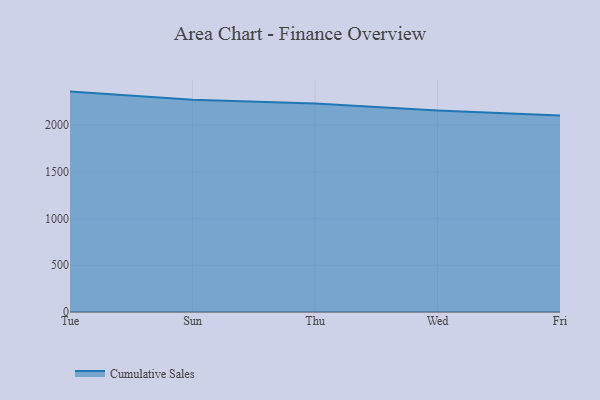
{"axis": {"x": "Day", "y": "Active Users"}, "legend": ["Cumulative Sales"], "data": [{"x": "Tue", "y": 2358.1, "type": "Cumulative Sales"}, {"x": "Sun", "y": 2271.7, "type": "Cumulative Sales"}, {"x": "Thu", "y": 2229.6, "type": "Cumulative Sales"}, {"x": "Wed", "y": 2156.5, "type": "Cumulative Sales"}, {"x": "Fri", "y": 2101.6, "type": "Cumulative Sales"}]}